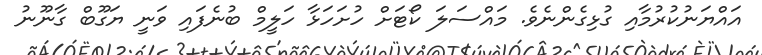
އައްޔަނުކުރުމާއި ގުޅިގެންނެވެ. މައްސަލަ ކޯޓަށް ހުށަހަޅާ ހަލީމް ބުނެފައި ވަނީ ޔަގޫބް ގާނޫނު